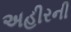
અહીરની